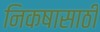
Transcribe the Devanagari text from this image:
निकषासाठी